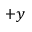
+ y